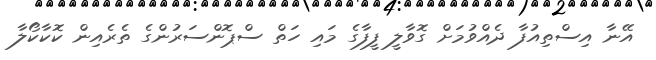
އޭނާ އިސްތިއުފާ ދެއްވުމަށް ގޮވާލީ ފީފާގެ މައި ހަތް ސްޕޮންސަރުންގެ ތެރެއިން ކޮކާކޯލާ